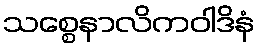
သစ္စေနာလိကဝါဒိနံ